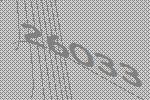
26033